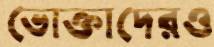
ভোক্তাদেরও